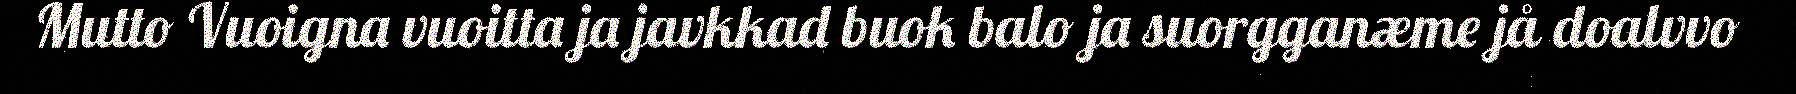
Mutto Vuoigna vuoitta ja javkkad buok balo ja suorgganæme jå doalvvo